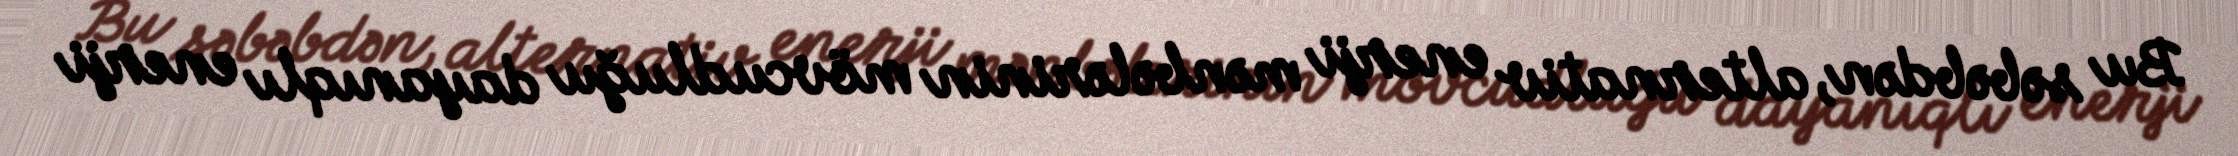
Bu səbəbdən, alternativ enerji mənbələrinin mövcudluğu dayanıqlı enerji